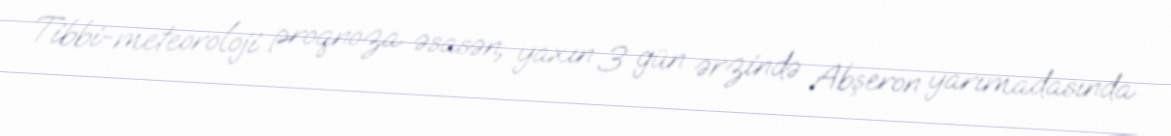
Tibbi-meteoroloji proqnoza əsasən, yaxın 3 gün ərzində Abşeron yarımadasında